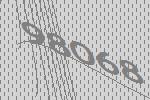
98068